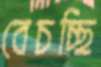
বেচচ্ছি